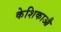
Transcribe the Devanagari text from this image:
केशिकाऔ